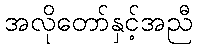
အလိုတော်နှင့်အညီ